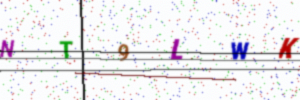
Text: NT9LWK